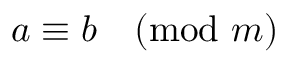
a \equiv b { \pmod { m } }